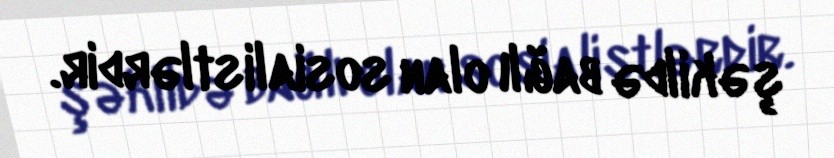
şəkildə bağlı olan sosialistlərdir.